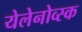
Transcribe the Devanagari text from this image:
येलेनोव्स्क